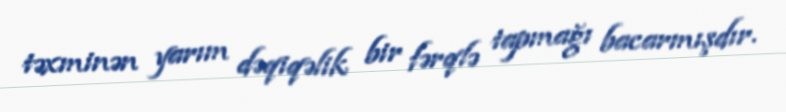
təxminən yarım dəqiqəlik bir fərqlə tapmağı bacarmışdır.